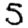
Digit: 5